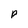
Character: p